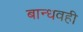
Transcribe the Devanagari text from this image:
बान्धवही